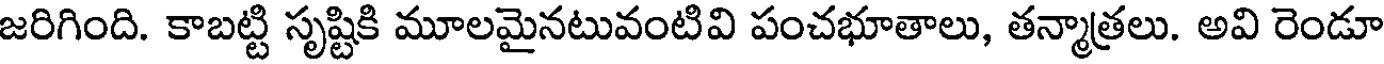
జరిగింది. కాబట్టి సృష్టికి మూలమైనటువంటివి పంచభూతాలు, తన్మాత్రలు. అవి రెండూ